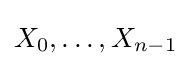
X_{0},\ldots ,X_{n-1}